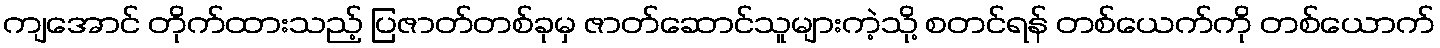
ကျအောင် တိုက်ထားသည့် ပြဇာတ်တစ်ခုမှ ဇာတ်ဆောင်သူများကဲ့သို့ စတင်ရန် တစ်ယေက်ကို တစ်ယောက်